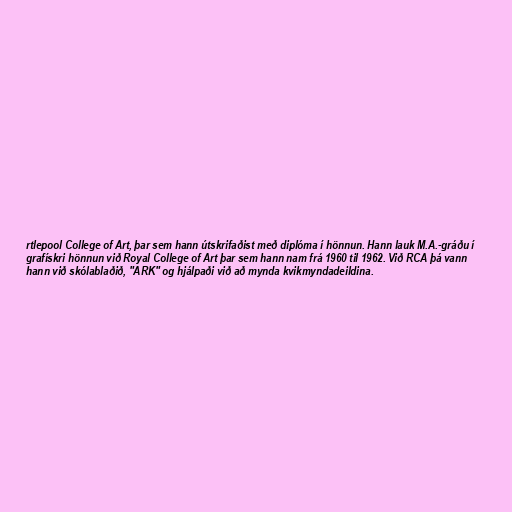
rtlepool College of Art, þar sem hann útskrifaðist með diplóma í hönnun. Hann lauk M.A.-gráðu í
grafískri hönnun við Royal College of Art þar sem hann nam frá 1960 til 1962. Við RCA þá vann
hann við skólablaðið, "ARK" og hjálpaði við að mynda kvikmyndadeildina.